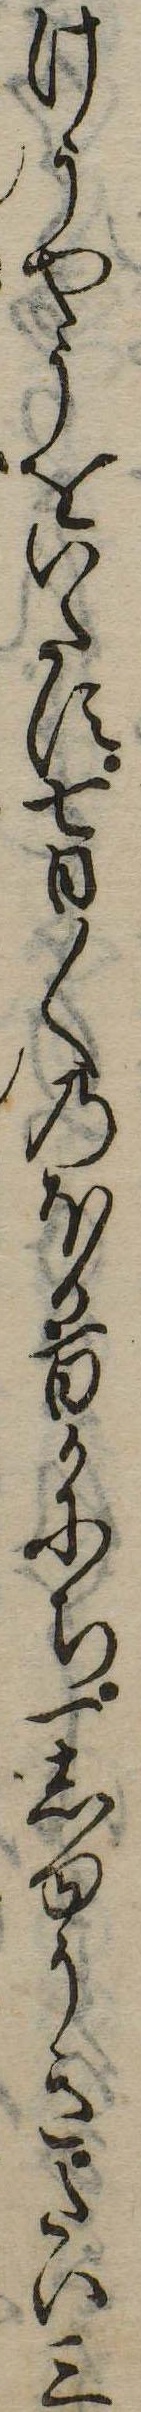
けうやうをいたす七日〱のほか百かにち一しゆうきたい三